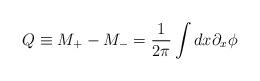
LaTeX: \begin{align*}Q\equiv M_{+}-M_{-}=\frac{1}{2\pi }\int dx\partial _{x}\phi\end{align*}